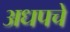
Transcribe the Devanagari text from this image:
अधपचे